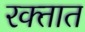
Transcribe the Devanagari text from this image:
रक्‍तात